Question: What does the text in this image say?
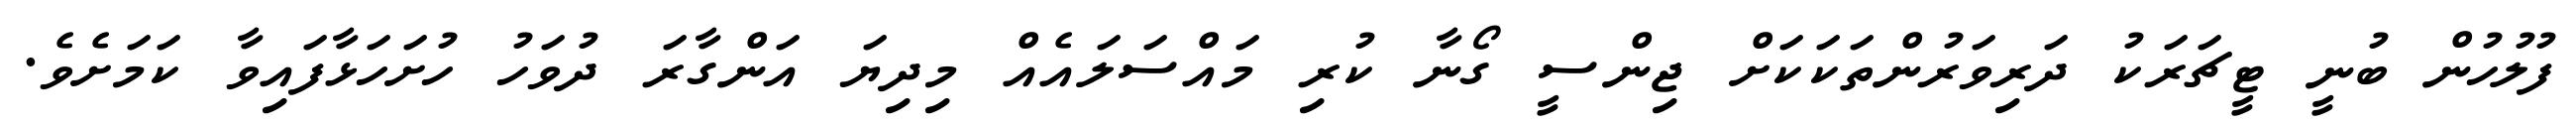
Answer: ފުލުހުން ބުނީ ޓީޗަރަކު ދަރިވަރުންތަކަކަށް ޖިންސީ ގޯނާ ކުރި މައްސަލައެއް މިދިޔަ އަންގާރަ ދުވަހު ހުށަހަޅާފައިވާ ކަމަށެވެ.